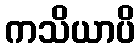
ကသိယာပိ